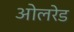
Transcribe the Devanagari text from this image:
ओलरेड